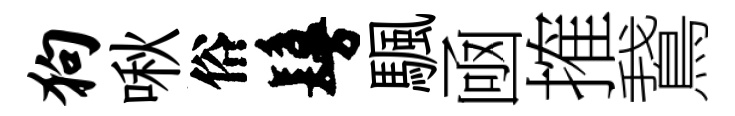
狗啾俗鬘颿凾搉鵞